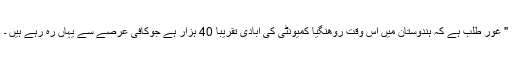
" غور طلب ہے کہ ہندوستان میں اس وقت روهنگيا کمیونٹی کی آبادی تقریبا 40 ہزار ہے جوکافی عرصے سے یہاں رہ رہے ہیں ۔